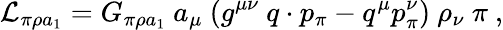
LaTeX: {\cal L}_{\pi\rho a_{1}}=G_{\pi\rho a_{1}}\ a_{\mu}\ (g^{\mu\nu}\ q\cdot p_{\pi}-q^{\mu}p_{\pi}^{\nu})\ \rho_{\nu}\ \pi\ ,